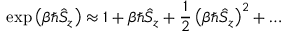
\exp \left( \beta { \hbar } \hat { S } _ { z } \right) \approx 1 + \beta { \hbar } \hat { S } _ { z } + \frac { 1 } { 2 } \left( \beta { \hbar } \hat { S } _ { z } \right) ^ { 2 } + \dots